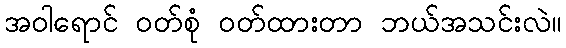
အဝါရောင် ဝတ်စုံ ဝတ်ထားတာ ဘယ်အသင်းလဲ။